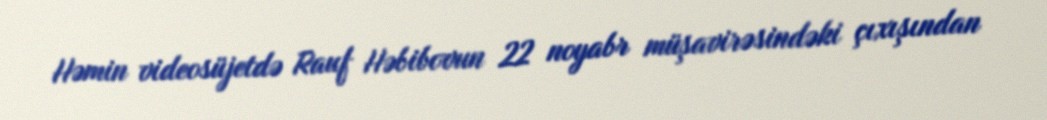
Həmin videosüjetdə Rauf Həbibovun 22 noyabr müşavirəsindəki çıxışından